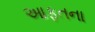
આફતના